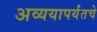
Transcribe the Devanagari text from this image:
अव्ययापर्यंतचे